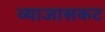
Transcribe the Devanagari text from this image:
व्याजासकट